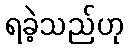
ရခဲ့သည်ဟု